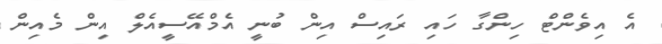
އެ އިވެންޓް ހިންގާ ހައި ރައިސް އިން ބުނީ އެމްއޭސީއެލް އިން މެއިން